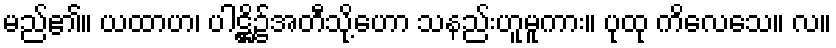
မည်၏။ ယထာဟ၊ ပါဋ္ဌိ၌အတီသို့ဟော သနည်းဟူမူကား။ ပုထု ကိလေသေ။ လ။